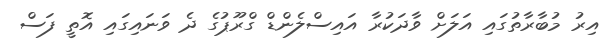
އިރު މުބާރާތުގައި އަލަށް ވާދަކުރާ އައިސްލެންޑް ގްރޫޕުގެ ދެ ވަނައިގައި އޮތީ ފަސް